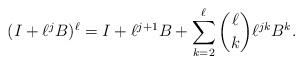
LaTeX: \begin{align*}(I+\ell^j B)^\ell = I +\ell^{j+1} B + \sum_{k=2}^\ell \binom{\ell}{k} \ell^{jk} B^k.\end{align*}